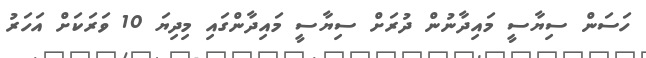
ހަސަން ސިޔާސީ މައިދާނުން ދުރަށް ސިޔާސީ މައިދާންގައި މިދިޔަ 10 ވަރަކަށް އަހަރު